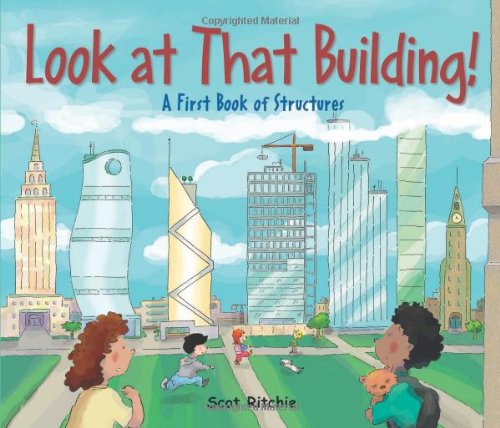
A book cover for Look at That Building: A First Book of Structures; Scot Ritchie; Children's Books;